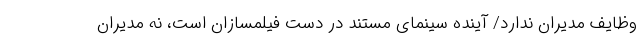
وظایف مدیران ندارد/ آینده سینمای مستند در دست فیلمسازان است، نه مدیران